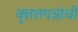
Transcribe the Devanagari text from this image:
वृत्ततपत्रांची